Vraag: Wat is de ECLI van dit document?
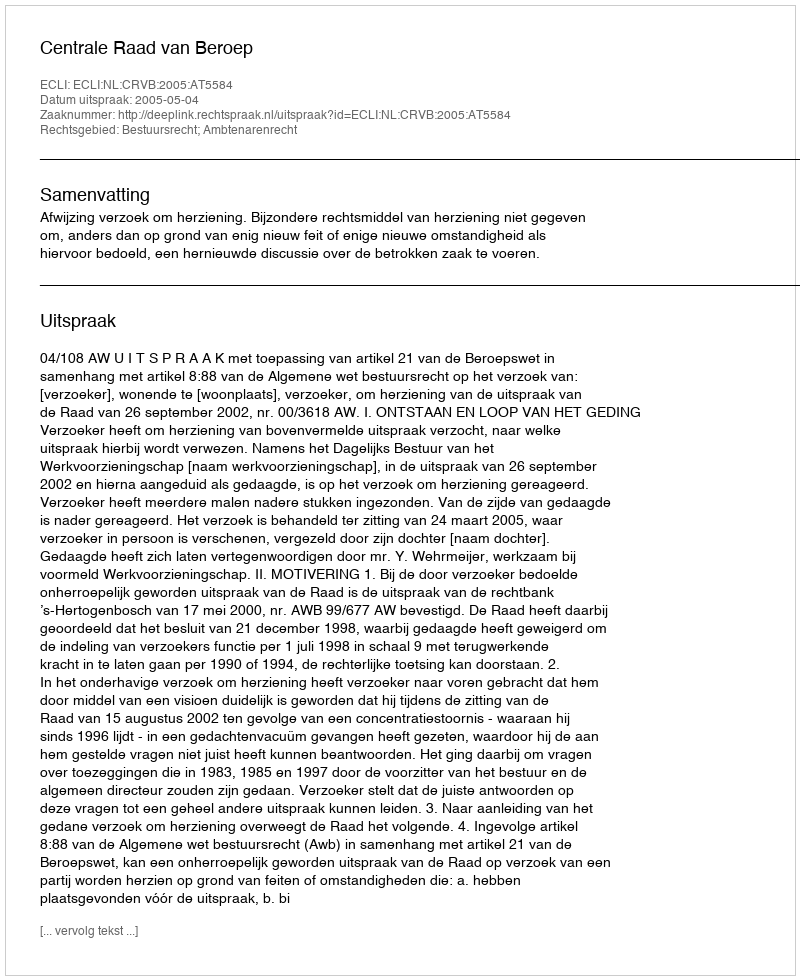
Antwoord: ECLI:NL:CRVB:2005:AT5584